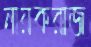
নায়করাজ